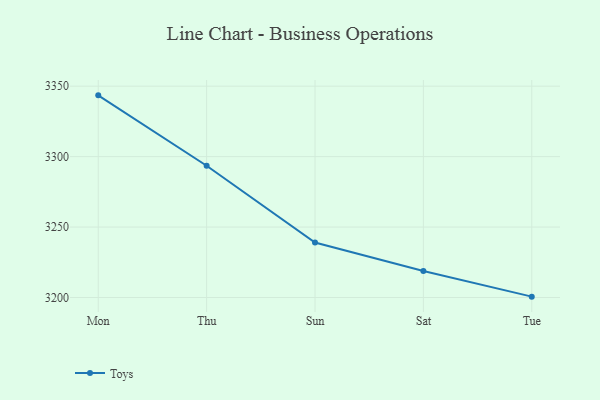
{"axis": {"x": "Day", "y": "Waste Production (Tons)"}, "legend": ["Toys"], "data": [{"x": "Mon", "y": 3343.5, "type": "Toys"}, {"x": "Thu", "y": 3293.5, "type": "Toys"}, {"x": "Sun", "y": 3239.0, "type": "Toys"}, {"x": "Sat", "y": 3218.8, "type": "Toys"}, {"x": "Tue", "y": 3200.6, "type": "Toys"}]}